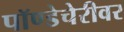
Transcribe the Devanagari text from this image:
पॉण्डेचेरीवर